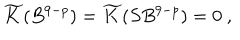
\widetilde { K } ( B ^ { 9 - p } ) = \widetilde { K } ( S B ^ { 9 - p } ) = 0 \ ,